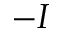
- I